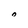
Character: 0